Indian Medical Review
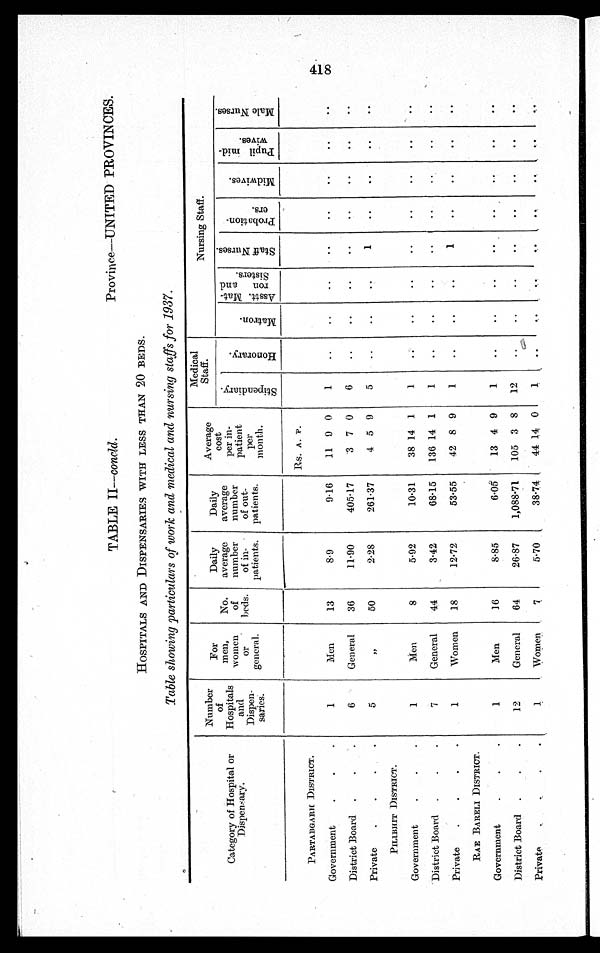
TABLE II—concld . Province—UNITED PROVINCES.
HOSPITALS AND DISPENSARIES WITH LESS THAN 20 BEDS.
Table showing particulars of work and medical and nursing staffs for 1937.
Category of Hospital or
Dispensary.
Number
of
Hospitals
and
Dispen-
saries.
For
men,
women
or
general.
No.
of
beds.
Daily
average
number
of in-
patients.
Daily
average
number
of out-
patients.
Average
cost
per in-
patient
per
month.
Medical
Staff.
Nursing Staff.
S t i p e n d i a r y .
H o n o r a r y .
M a t r o n .
A s s t t . M a t -
r o n a n d S i s t e r s .
S t a f f N u r s e s .
P r o b a t i o n -
e r s .
M i d w i v e s .
P u p i l m i d - w i v e s .
M a l e N u r s e s .
Rs. A. P.
PARTABGARH DISTRICT.
Government
.
.
.
1
Men
13
8.9
9.16
11 9 0
1
..
..
..
..
..
..
..
..
District Board .
.
.
6
General
36
11.90
405.17
3 7 0
6
..
..
..
..
..
..
..
..
Private
.
.
. .
5
"
50
2.28
261.37
4 5 9
5
. .
..
..
1
..
. .
. .
. .
PILIBHIT DISTRICT.
Government
.
.
.
1
Men
8
5.92
10.31
38 14 1
1
..
..
..
..
..
. .
..
..
District Board .
.
.
7
General
44
3.42
68.15
136 14 1
1
..
..
..
..
1
..
..
..
Private
.
.
.
.
1
Women
18
12.72
53.55
42 8 9
1
..
..
..
1
..
..
..
. .
RAE BARELI DISTRICT.
Government
.
.
.
1
Men
16
8.85
6.05
13 4 9
1
..
..
..
..
..
..
..
..
District Board .
.
.
12
General
64
26.87
1,088.71
105 3 8
12
..
. .
..
..
. .
..
..
..
Private
.
. . .
1
Women
7
5.70
38.74
44 14 0
1
.. ..
..
..
..
..
..
..
418